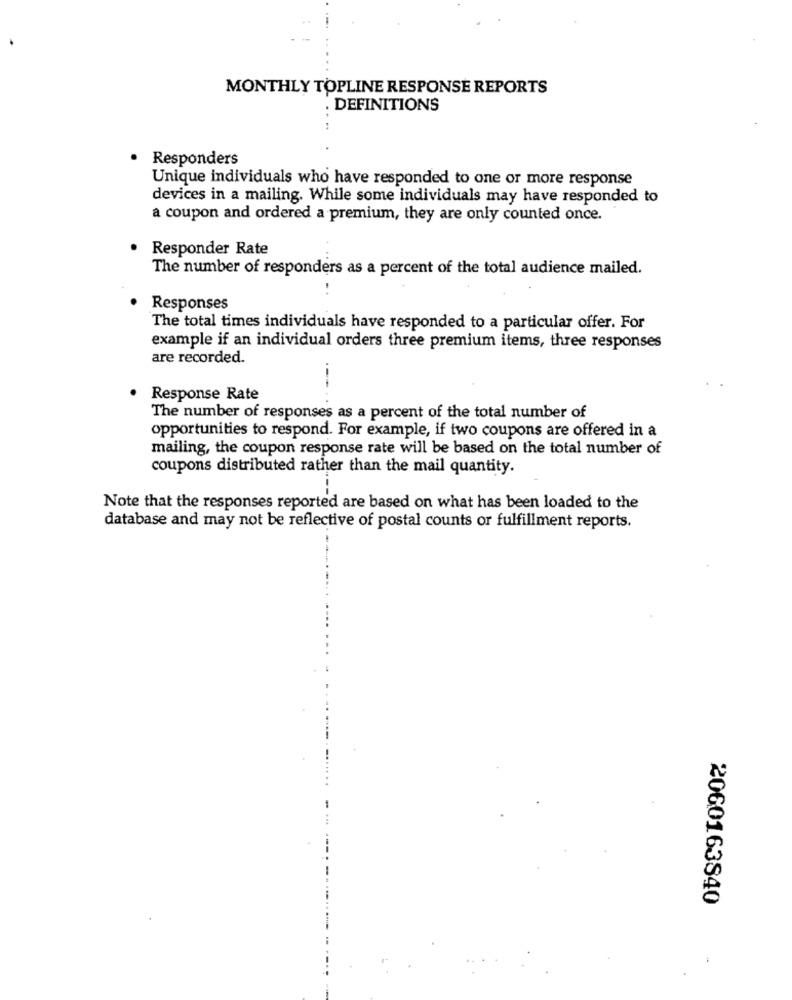
MONTHLY TOPLINE RESPONSE REPORTS
. DEFINITIONS
Responders
Unique individuals who have responded to one or more response
devices in a mailing. While some individuals may have responded to
a coupon and ordered a premium, they are only counted once.
Responder Rate
The number of responders as a percent of the total audience mailed.
Responses
The total times individuals have responded to a particular offer. For
example if an individual orders three premium items, three responses
are recorded.
Response Rate
The number of responses as a percent of the total number of
opportunities to respond. For example, if two coupons are offered in a
mailing, the coupon response rate will be based on the total number of
coupons distributed rather than the mail quantity.
Note that the responses reported are based on what has been loaded to the
database and may not be reflective of postal counts or fulfillment reports.
2060163840